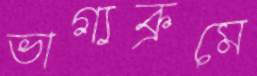
ভাগ্যক্রমে